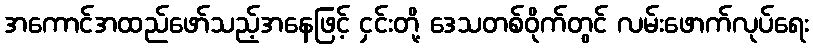
အကောင်အထည်ဖော်သည့်အနေဖြင့် ငှင်းတို့ ဒေသတစ်ဝိုက်တွင် လမ်းဖောက်လုပ်ရေး